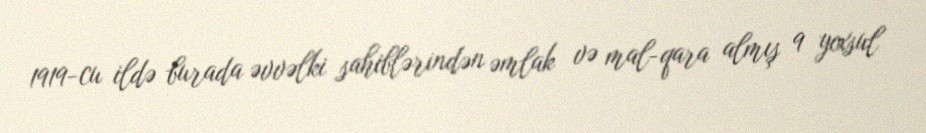
1919-cu ildə burada əvvəlki sahiblərindən əmlak və mal-qara almış 9 yoxsul